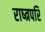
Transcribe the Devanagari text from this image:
राष्त्रपरि